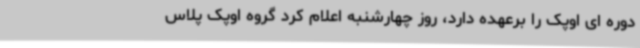
دوره ای اوپک را برعهده دارد، روز چهارشنبه اعلام کرد گروه اوپک پلاس